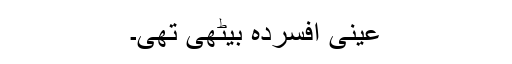
عینی افسردہ بیٹھی تھی۔